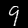
Label: 9